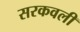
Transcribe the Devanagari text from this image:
सरकवली